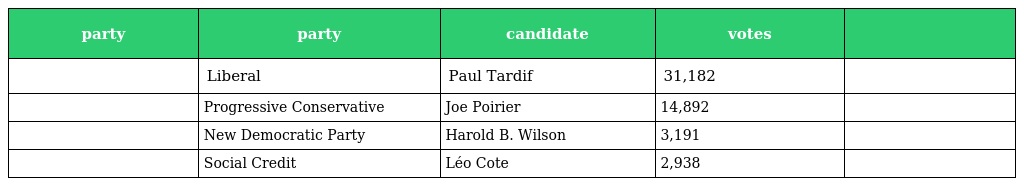
| party | party | candidate | votes |  |
 | --- | --- | --- | --- | --- |
 |  | Liberal | Paul Tardif | 31,182 |  |
 |  | Progressive Conservative | Joe Poirier | 14,892 |  |
 |  | New Democratic Party | Harold B. Wilson | 3,191 |  |
 |  | Social Credit | Léo Cote | 2,938 |  |